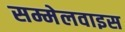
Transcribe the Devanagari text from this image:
सम्मेलवाइस